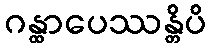
ဂန္ထာပေဿန္တိပိ